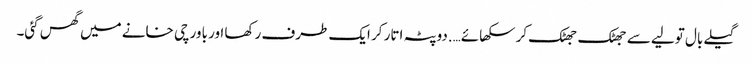
گیلے بال تولیے سے جھٹک جھٹک کر سکھائے….دوپٹہ اتار کر ایک طرف رکھا اور باورچی خانے میں گھس گئی۔